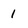
Character: 1